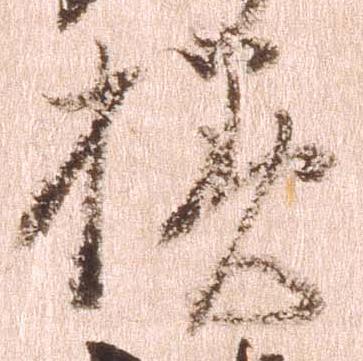
様